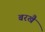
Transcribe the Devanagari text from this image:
बरखै